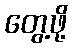
တွေ့ဖို့